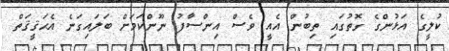
ކުލީގެ އަޅުންގެ ގޮތުގައި ތިބުން އެއީ ވެސް އިންސާފު ނޫންކަމަށް ބަލައިގަނެ އެޙަޤީޤަތް